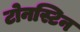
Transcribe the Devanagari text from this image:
टोनस्टिन